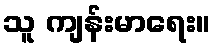
သူ ကျန်းမာရေး။